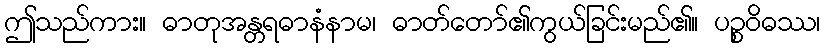
ဤသည်ကား။ ဓာတုအန္တရဓာနံနာမ၊ ဓာတ်တော်၏ကွယ်ခြင်းမည်၏။ ပဉ္စဝိဓဿ၊